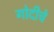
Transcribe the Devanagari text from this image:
गोदीचे